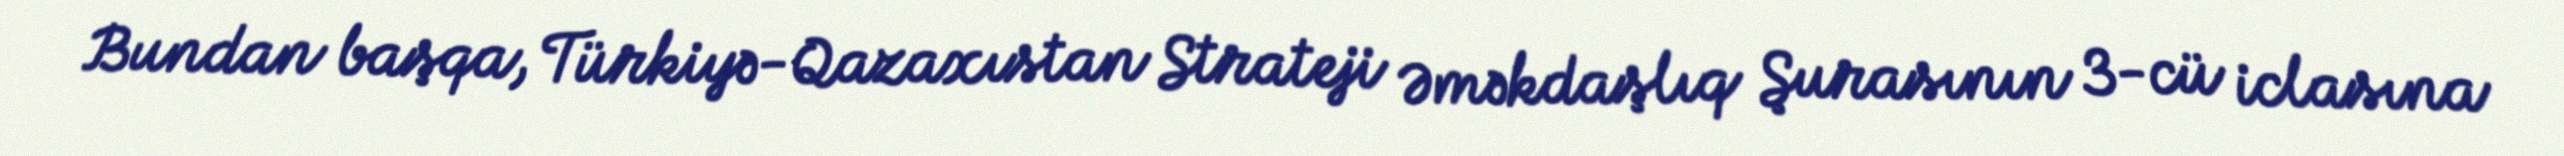
Bundan başqa, Türkiyə-Qazaxıstan Strateji Əməkdaşlıq Şurasının 3-cü iclasına